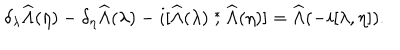
LaTeX: \delta _ { \lambda } \widehat \Lambda ( \eta ) - \delta _ { \eta } \widehat \Lambda ( \lambda ) - i [ \widehat \Lambda ( \lambda ) \stackrel { * } { , } \widehat \Lambda ( \eta ) ] = \widehat \Lambda ( - i [ \lambda , \eta ] ) .